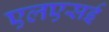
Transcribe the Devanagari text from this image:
एलएसई